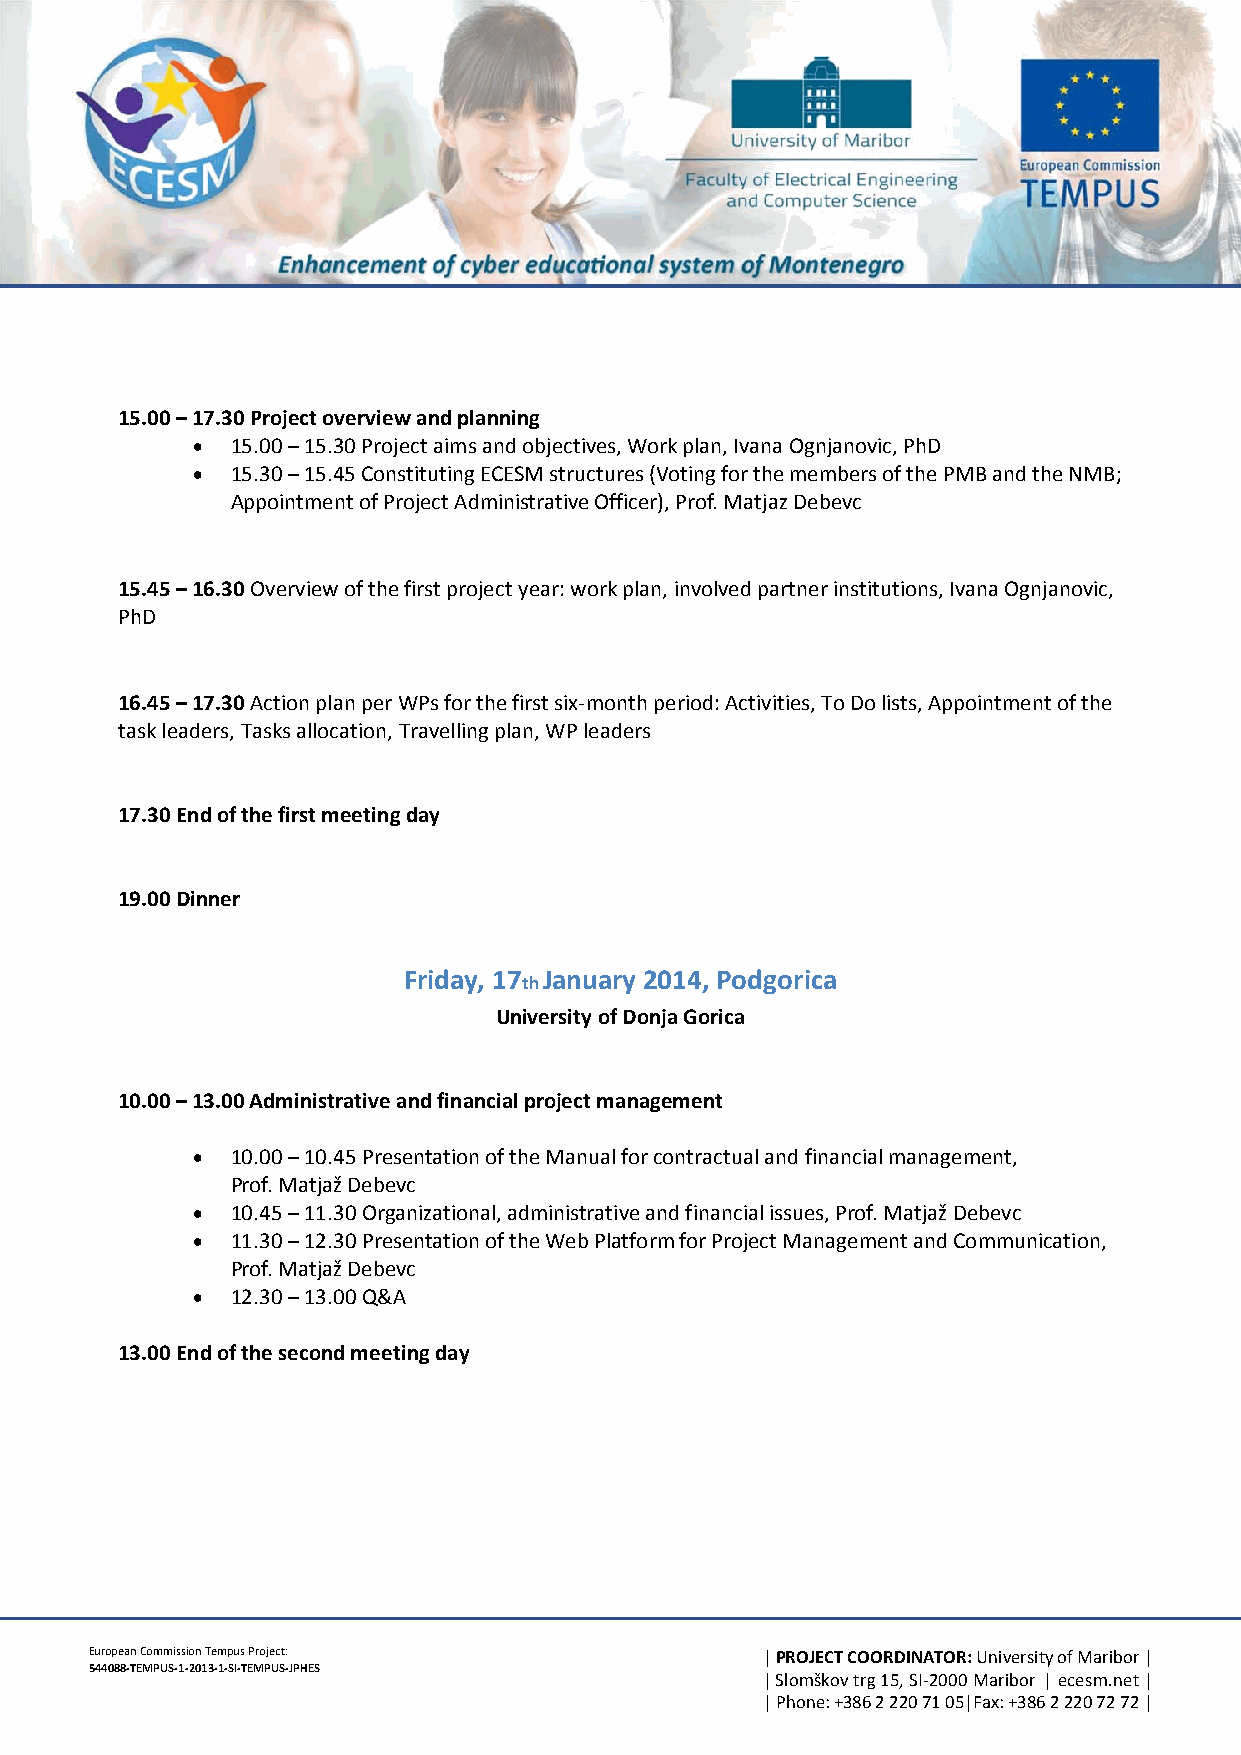
15.00 – 17.30 Project overview and planning
  15.00 – 15.30 Project aims and objectives, Work plan, Ivana Ognjanovic, PhD
  15.30 – 15.45 Constituting ECESM structures (Voting for the members of the PMB and the NMB;
 Appointment of Project Administrative Officer), Prof. Matjaz Debevc
 15.45 – 16.30 Overview of the first project year: work plan, involved partner institutions, Ivana Ognjanovic,
 PhD
 16.45 – 17.30 Action plan per WPs for the first six-month period: Activities, To Do lists, Appointment of the
 task leaders, Tasks allocation, Travelling plan, WP leaders
 17.30 End of the first meeting day
 19.00 Dinner
 Friday, 17
 th
 January 2014, Podgorica
 University of Donja Gorica
 10.00 – 13.00 Administrative and financial project management
  10.00 – 10.45 Presentation of the Manual for contractual and financial management,
 Prof. Matjaž Debevc
  10.45 – 11.30 Organizational, administrative and financial issues, Prof. Matjaž Debevc
  11.30 – 12.30 Presentation of the Web Platform for Project Management and Communication,
 Prof. Matjaž Debevc
  12.30 – 13.00 Q&A
 13.00 End of the second meeting day
 European Commission Tempus Project:         | PROJECT COORDINATOR: University of Maribor |
 544088-TEMPUS-1-2013-1-SI-TEMPUS-JPHES
 | Slomškov trg 15, SI-2000 Maribor | ecesm.net |
 | Phone: +386 2 220 71 05|Fax: +386 2 220 72 72 |